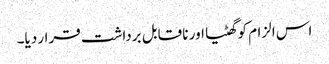
اس الزام کو گھٹیا اور نا قابل برداشت قرار دیا۔